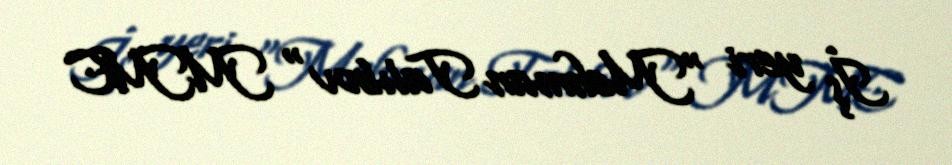
İş yeri "Mehman Talıbov" MMC